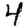
Digit: 4